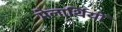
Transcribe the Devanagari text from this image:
मेलार्थियों